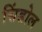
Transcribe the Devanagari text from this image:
सिंडोल